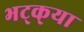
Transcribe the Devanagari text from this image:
भट्‌क्‌या